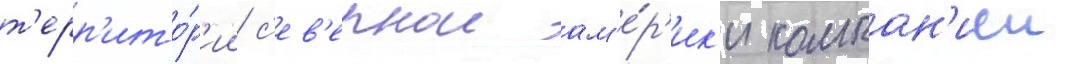
т'ерр'ито́р'ии с'ев'ернои ам'е́р'ик'и компан'иеи